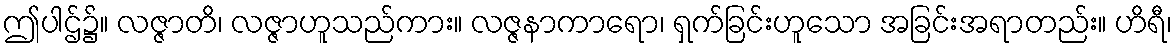
ဤပါဌ်၌။ လဇ္ဇာတိ၊ လဇ္ဇာဟူသည်ကား။ လဇ္ဇနာကာရော၊ ရှက်ခြင်းဟူသော အခြင်းအရာတည်း။ ဟိရီ၊